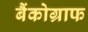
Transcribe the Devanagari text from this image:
बैंकोग्राफ